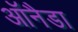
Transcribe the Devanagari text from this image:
ऑनैडा